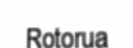
Rotorua